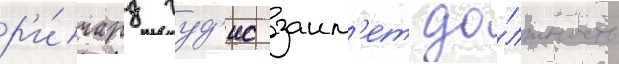
р'и́чард гуд'ис заим'ет до́лжность